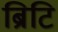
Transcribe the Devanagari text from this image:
ब्रिटि